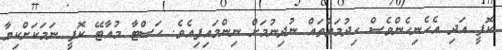
ކޮފީ އަދި އެހެނިހެންވެސް ޙިދުމަތްތައް ނުދިނުމަށް ނިންމައިފިއެވެ. ހަސްޓާ މުއާޓޭ ކޮފީ ނަމަކަށްކިޔާ